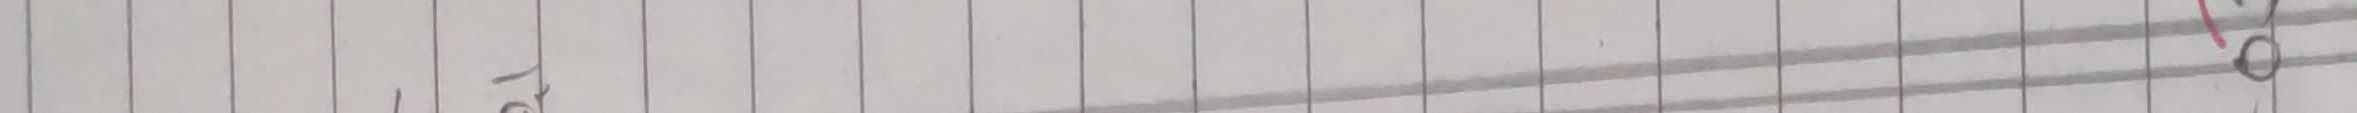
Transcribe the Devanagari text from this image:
१०